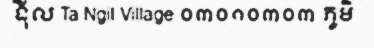
ង៉ិល Ta Ngil Village ០៣០១០៣០៣ ភូមិ